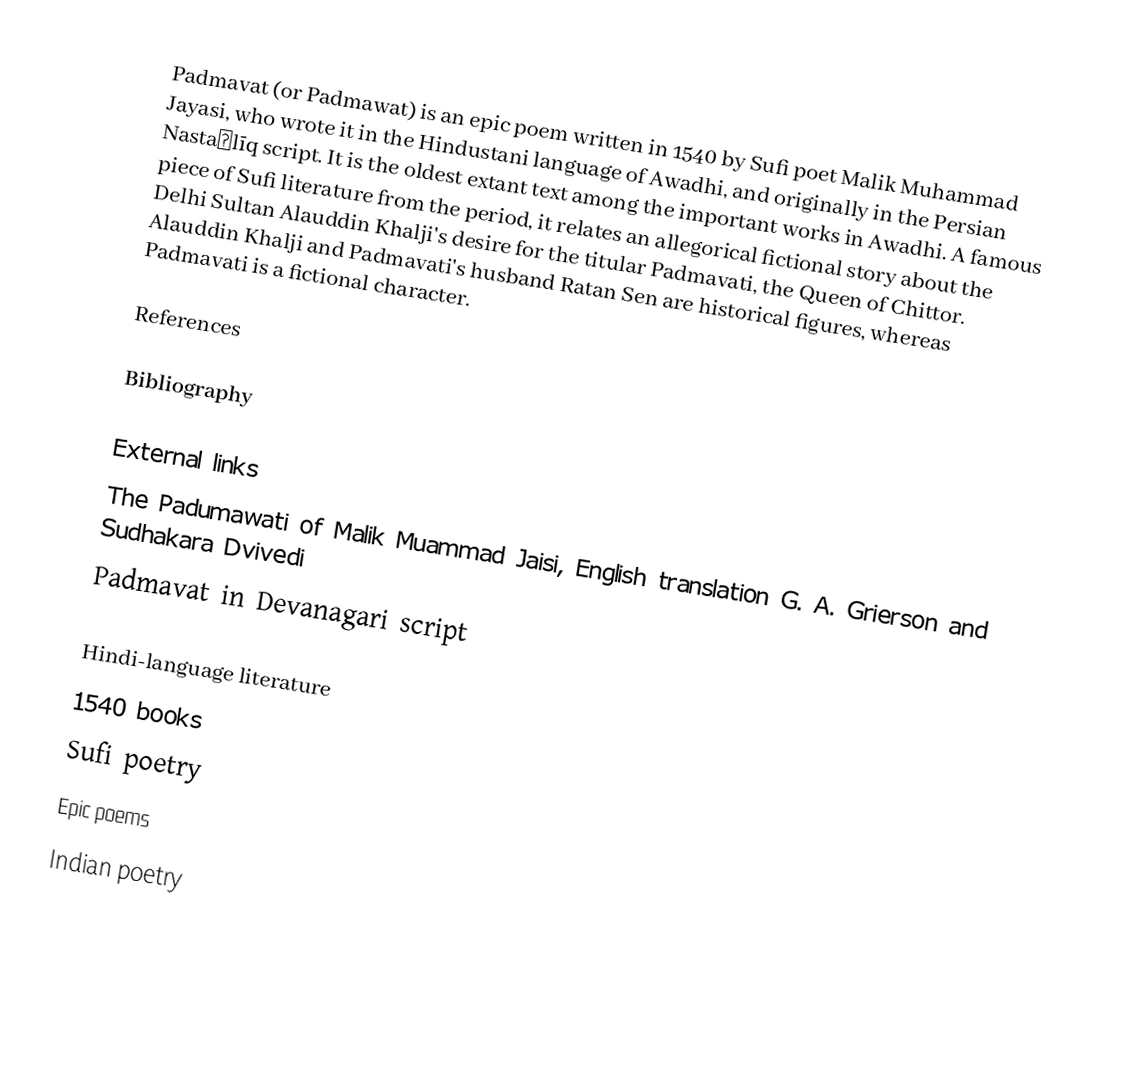
Padmavat (or Padmawat) is an epic poem written in 1540 by Sufi poet Malik Muhammad Jayasi, who wrote it in the Hindustani language of Awadhi, and originally in the Persian Nastaʿlīq script. It is the oldest extant text among the important works in Awadhi. A famous piece of Sufi literature from the period, it relates an allegorical fictional story about the Delhi Sultan Alauddin Khalji's desire for the titular Padmavati, the Queen of Chittor. Alauddin Khalji and Padmavati's husband Ratan Sen are historical figures, whereas Padmavati is a fictional character.

References

Bibliography

External links
 The Padumawati of Malik Muammad Jaisi, English translation G. A. Grierson and Sudhakara Dvivedi
 Padmavat in Devanagari script

Hindi-language literature
1540 books
Sufi poetry
Epic poems
Indian poetry